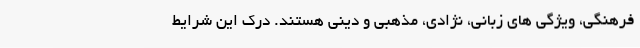
فرهنگی، ویژگی های زبانی، نژادی، مذهبی و دینی هستند. درک این شرایط